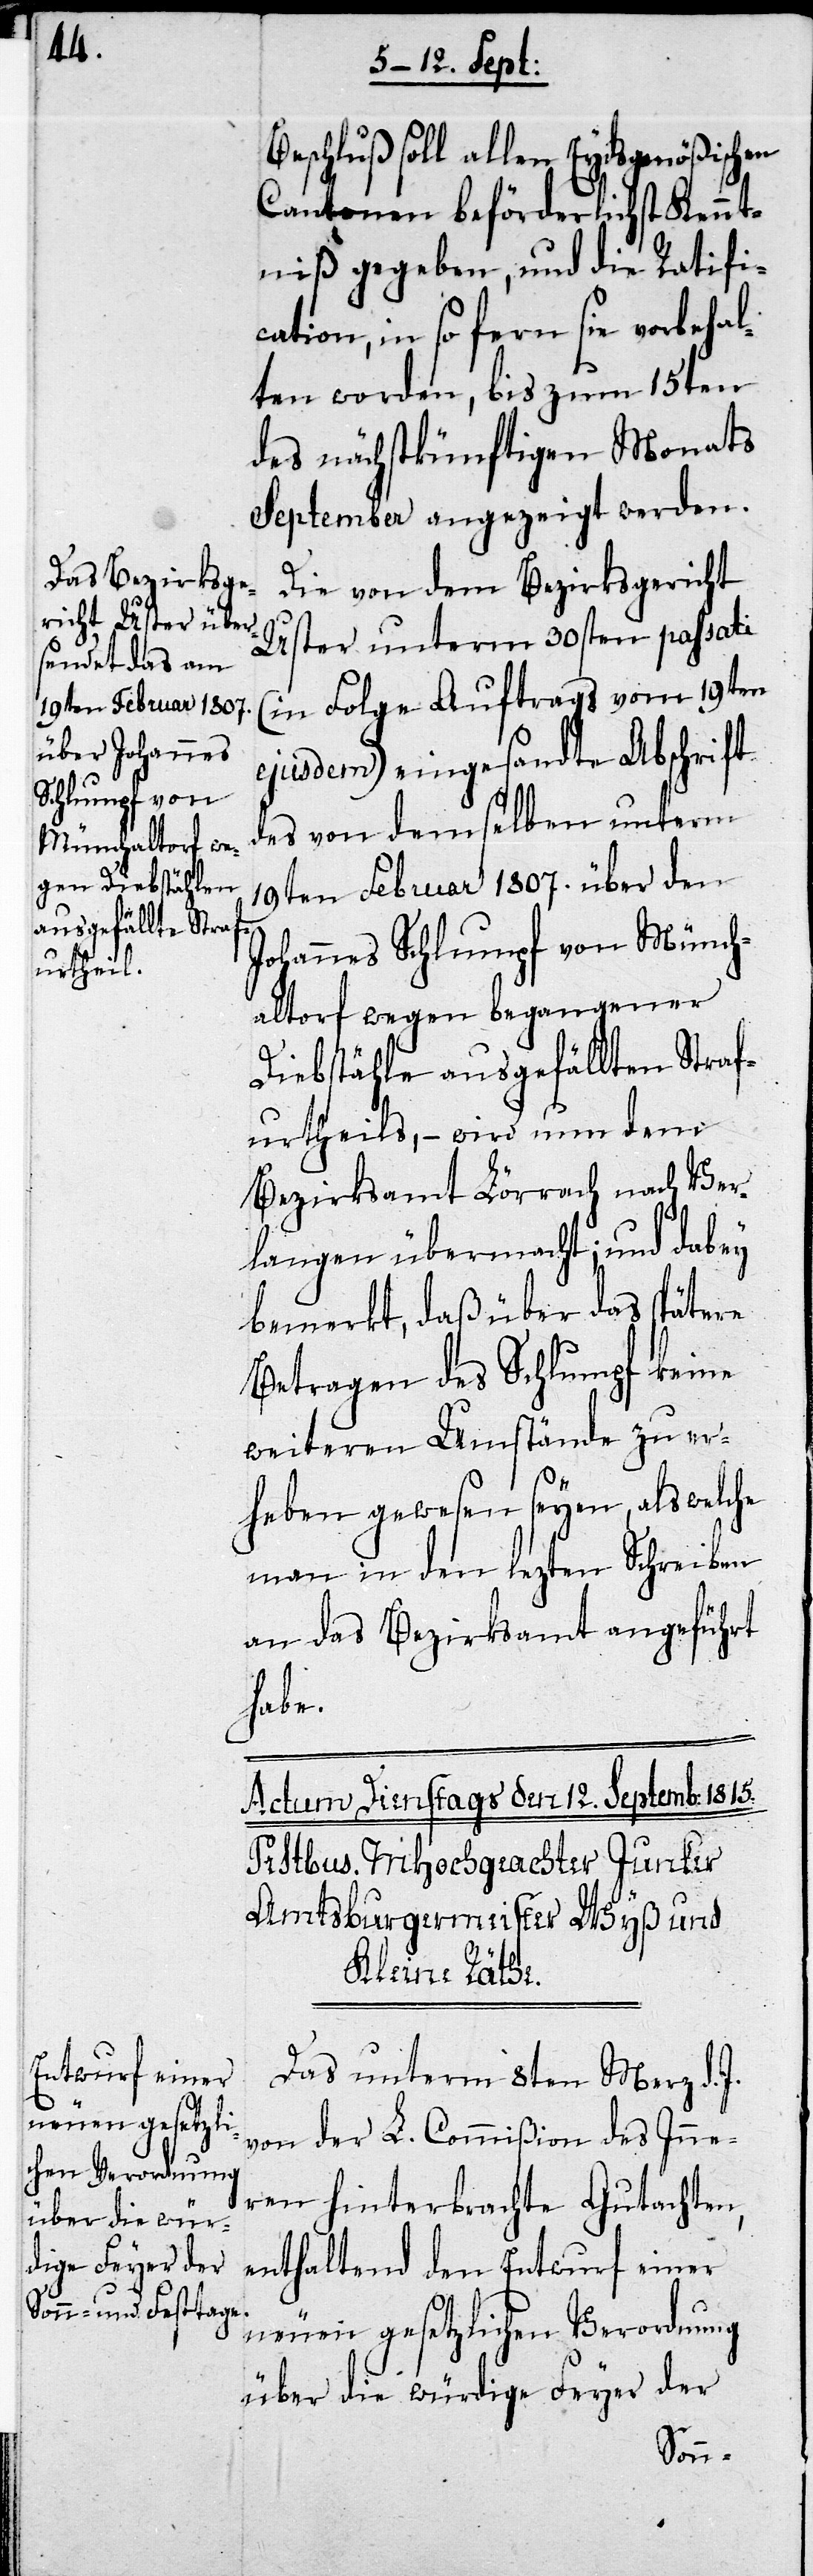
Beschluß soll allen Eydsgenößischen
Cantonen beförderlichst Kennt¬
niß gegeben, und die Ratifi¬
cation, in so fern sie vorbehal¬
ten worden, bis zum 15ten
des nächstkünftigen Monats
September angezeigt werden.
Die von dem Bezirksgericht
Uster unterm 30sten paßati
(in Folge Auftrags vom 10ten
ejusdem) eingesandte Abschrift
des von demselben unterm
19ten Februar 1807. über den
Johannes Schlumpf von Münch¬
altorf wegen begangener
Diebstähle ausgefällte Straf¬
urtheils, – wird nun dem
Bezirksamt Lörrach nach Ver¬
langen übermacht; und dabey
bemerkt, daß über das spätere
Betragen des Schlumpf keine
weiteren Umstände zu er¬
heben gewesen seyen, als welche
man in den lezten Schreiben
an das Bezirksamt angeführt
habe.
Das unterm 8ten Merz d.
von der L. Commißion des Inne¬
rn hinterbrachte Gutachten,
enthaltend den Entwurf einer
neuen gesetzliche Verordnung
über die würdige Feyer der